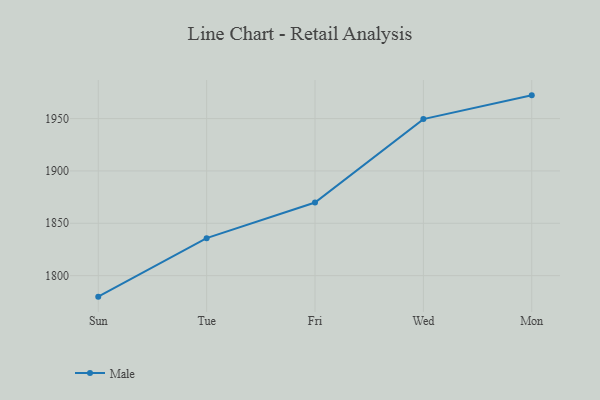
{"axis": {"x": "Day", "y": "Energy Usage (MWh)"}, "legend": ["Male"], "data": [{"x": "Sun", "y": 1779.9, "type": "Male"}, {"x": "Tue", "y": 1835.8, "type": "Male"}, {"x": "Fri", "y": 1869.8, "type": "Male"}, {"x": "Wed", "y": 1949.5, "type": "Male"}, {"x": "Mon", "y": 1972.2, "type": "Male"}]}